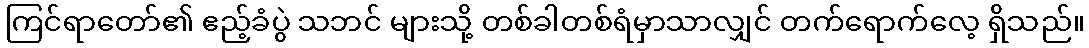
ကြင်ရာတော်၏ ဧည့်ခံပွဲ သဘင် များသို့ တစ်ခါတစ်ရံမှာသာလျှင် တက်ရောက်လေ့ ရှိသည်။